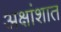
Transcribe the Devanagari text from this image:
अक्षांशात